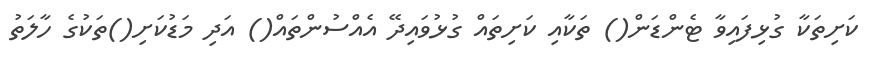
ކަށިތަކާ ގުޅިފައިވާ ޓެންޑަން() ތަކާއި ކަށިތައް ގުޅުވައިދޭ އެއްސުންތައް() އަދި މަޑުކަށި()ތަކުގެ ހާލަތު